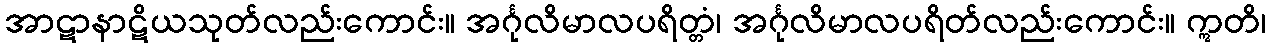
အာဋာနာဋိယသုတ်လည်းကောင်း။ အင်္ဂုလိမာလပရိတ္တံ၊ အင်္ဂုလိမာလပရိတ်လည်းကောင်း။ ဣတိ၊